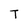
Character: T